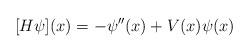
LaTeX: \begin{align*}[H \psi](x) = - \psi''(x) + V(x) \psi(x)\end{align*}